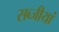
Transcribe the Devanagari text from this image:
सब्जीयां